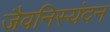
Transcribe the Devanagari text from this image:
जैवनिस्यंदन